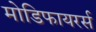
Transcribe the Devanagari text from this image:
मोडिफायरर्स